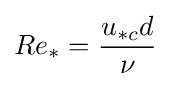
Re_{*}={\frac {u_{*c}d}{\nu }}